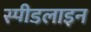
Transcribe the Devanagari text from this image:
स्पीडलाइन